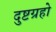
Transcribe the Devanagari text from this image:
दुष्टग्रहो